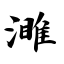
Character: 濉